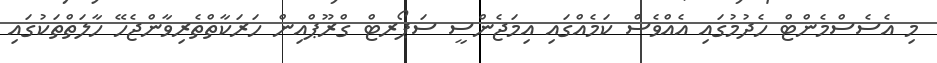
މި އެސެސްމެންޓް ހެދުމުގައި އެއްވެސް ކަމެއްގައި އިމަޖެންސީ ސަޕޯރޓް ގްރޫޕްއިން ހަރަކާތްތެރިވާންޖެހޭ ހާލަތްތަކުގައި